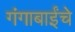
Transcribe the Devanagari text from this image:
गंगाबाईंचे